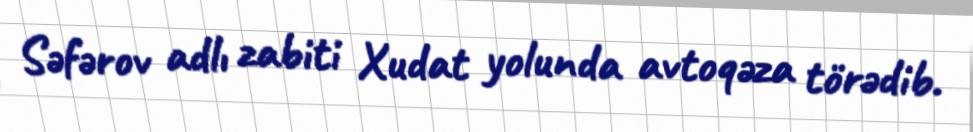
Səfərov adlı zabiti Xudat yolunda avtoqəza törədib.